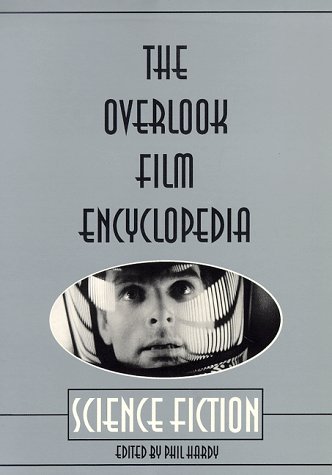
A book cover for The Overlook Film Encyclopedia: Science Fiction; Humor & Entertainment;